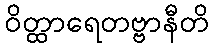
ဝိတ္ထာရေတဗ္ဗာနီတိ